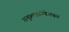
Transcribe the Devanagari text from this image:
अनुक्रमाणिकेवरून